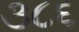
૩૮૬